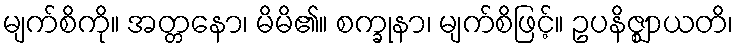
မျက်စိကို။ အတ္တနော၊ မိမိ၏။ စက္ခုနာ၊ မျက်စိဖြင့်။ ဥပနိဇ္ဈာယတိ၊